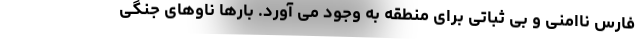
فارس ناامنی و بی ثباتی برای منطقه به وجود می آورد. بارها ناوهای جنگی